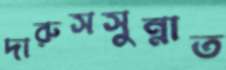
দারুসসুন্নাত